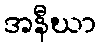
အနီဃာ